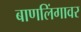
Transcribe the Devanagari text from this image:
बाणलिंगावर